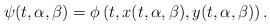
LaTeX: \begin{align*}\psi(t,\alpha,\beta) = \phi\left(t, x(t, \alpha,\beta), y(t, \alpha,\beta)\right).\end{align*}